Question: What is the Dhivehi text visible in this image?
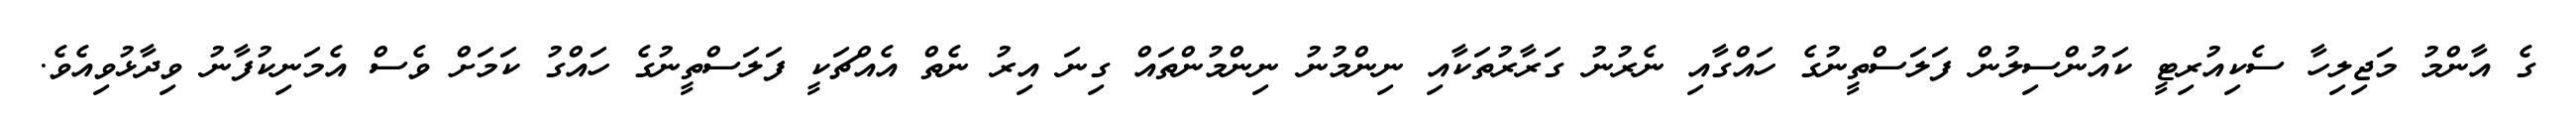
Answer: ގެ އާންމު މަޖިލިހާ ސެކިއުރިޓީ ކައުންސިލުން ފަލަސްތީނުގެ ހައްގާއި ނެރުނު ގަރާރުތަކާއި ނިންމުނު ނިންމުންތައް ގިނަ އިރު ނެތް އެއްޗަކީ ފަލަސްތީނުގެ ހައްގު ކަމަށް ވެސް އެމަނިކުފާނު ވިދާޅުވިއެވެ.